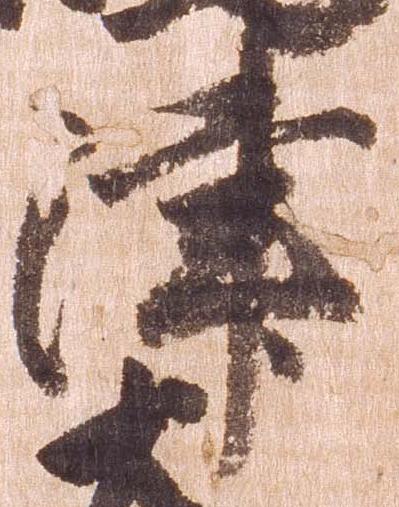
津